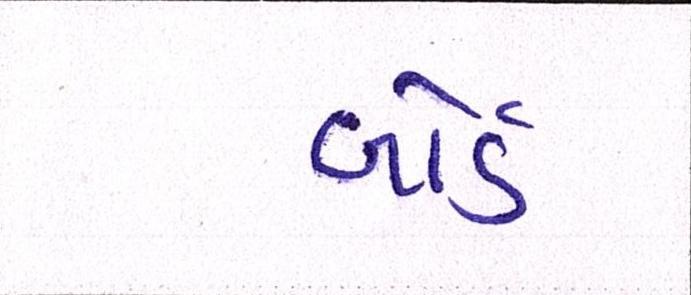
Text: બોર્ડ